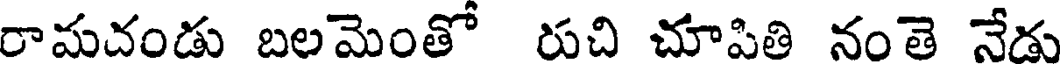
రామదండు బలమెంతో రుచి చూపితి నంతె నేడు